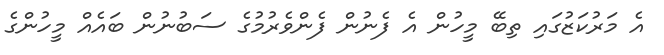
އެ މަރުކަޒުގައި ތިބޭ މީހުން އެ ފެނުން ފެންވެރުމުގެ ސަބުނުން ބައެއް މީހުންގެ